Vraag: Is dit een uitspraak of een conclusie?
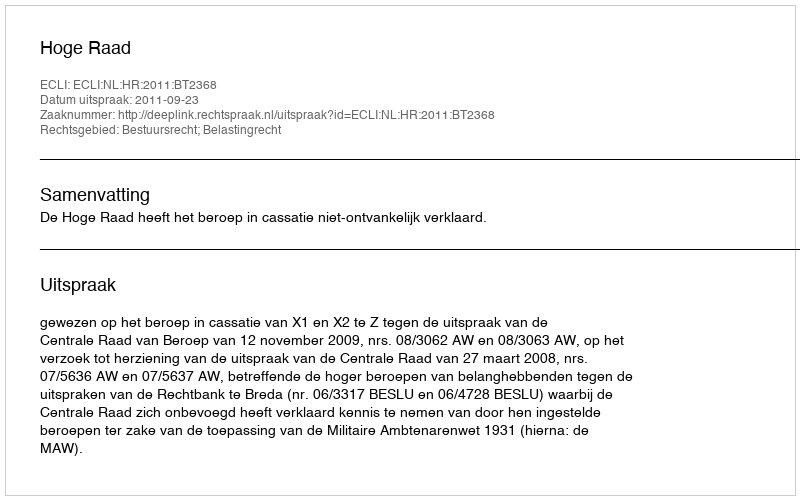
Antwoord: Uitspraak